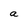
Character: a